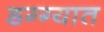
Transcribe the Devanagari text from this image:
डग्ग्यात